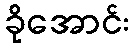
ခိုအောင်း